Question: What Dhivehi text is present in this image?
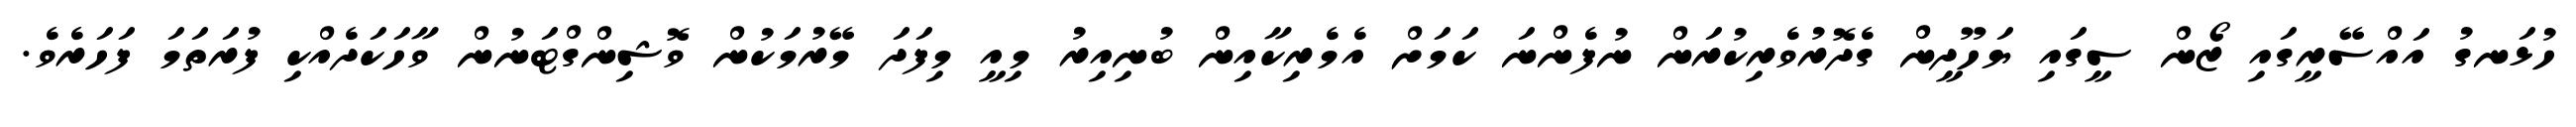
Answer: ހުޅަނގު އައްސޭރީގައި ޒޯން ސީގައި ޔަހޫދީން ގެދޮރުވެރިކުރަން ނުފެންނަ ކަމަށް އެމެރިކާއިން ބުނިއިރު މިއީ މިފަދަ މޭރުމަކުން ވޮޝިންގްޓަނުން ވާހަކަދެއްކި ފުރަތަމަ ފަހަރެވެ.